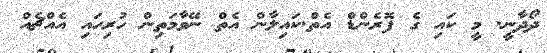
ދޯދާނީ. މީ ކައި ގެ ފޮރެންޑް އެތް.ކައިލާން އެތް ނޭވާމަތިން ހުރިހައި އެއްޗެއް